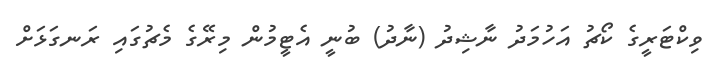
ވިކްޓަރީގެ ކޯޗު އަހުމަދު ނާޝިދު (ނާދު) ބުނީ އެޓީމުން މިރޭގެ މެޗުގައި ރަނގަޅަށް